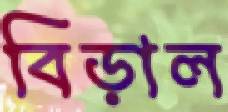
বিড়াল